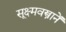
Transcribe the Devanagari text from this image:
सूक्ष्मवस्त्रानें